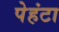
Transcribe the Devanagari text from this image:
पेहंटा